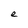
Character: e